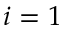
i = 1